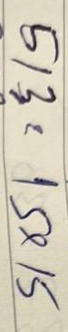
513 = 15x15